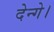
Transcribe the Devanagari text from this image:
देन्गे।